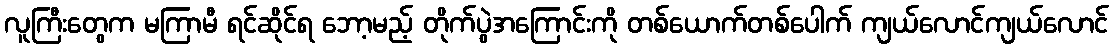
လူကြီးတွေက မကြာမီ ရင်ဆိုင်ရ ဘော့မည့် တိုက်ပွဲအကြောင်းကို တစ်ယောက်တစ်ပေါက် ကျယ်လောင်ကျယ်လောင်